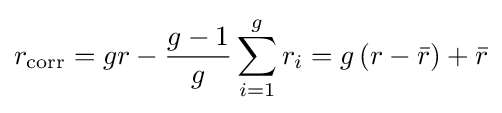
r_{\mathrm {corr} }=gr-{\frac {g-1}{g}}\sum _{i=1}^{g}r_{i}=g\left(r-{\bar {r}}\right)+{\bar {r}}